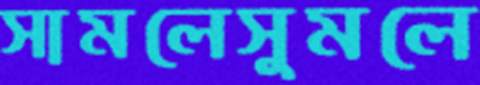
সামলেসুমলে